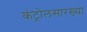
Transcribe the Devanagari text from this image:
कंट्रोलसारख्या